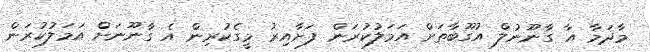
މާދަމާ އާ ގާނޫނުލް އުގޫބާތަށް އަމަލުކުރަން ފަށާއިރު މީގެކުރިން އެ ގާނޫނަށް އަމަލުކުރަން